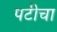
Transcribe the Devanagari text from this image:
पटीचा